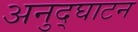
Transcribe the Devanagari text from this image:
अनुद्घाटन